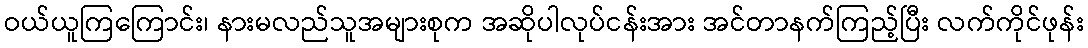
ဝယ်ယူကြကြောင်း၊ နားမလည်သူအများစုက အဆိုပါလုပ်ငန်းအား အင်တာနက်ကြည့်ပြီး လက်ကိုင်ဖုန်း